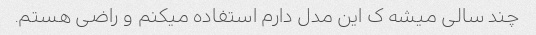
چند سالی میشه ک این مدل دارم استفاده میکنم و راضی هستم.